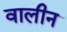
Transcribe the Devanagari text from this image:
वालीन